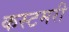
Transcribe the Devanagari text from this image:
कस्टमरी